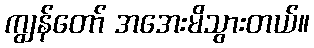
ကျွန်တော် အအေးမိသွားတယ်။